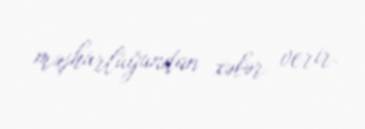
məşhurluğundan xəbər verir.